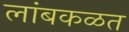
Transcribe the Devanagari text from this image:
लांबकळत